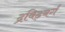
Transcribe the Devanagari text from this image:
द्रविढ़वर्ग